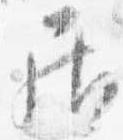
居